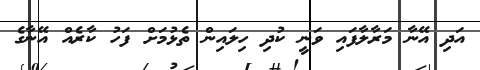
އަދި އޭނާ މަރާލާފައި ވަނީ ކުދި ހިލައިން ތެޅުމަށް ފަހު ކާރެއް އޭނާގެ